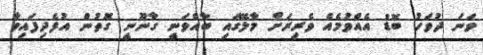
ވަނަ ދުވަހު ބޮޑު އެއްވުމެއް ވެރިރަށް މާލޭގައި ބާއްވަނީ ގާނޫނީ ގޮތުން އުފެދިފައިވާ